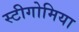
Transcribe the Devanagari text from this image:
स्टीगोमिया